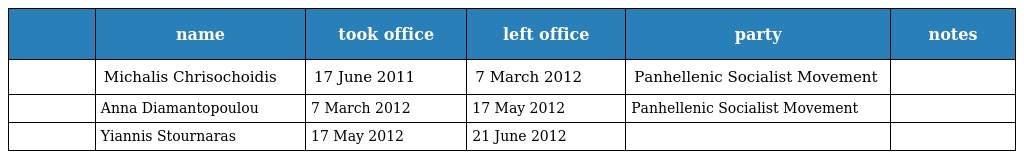
|  | name | took office | left office | party | notes |
 | --- | --- | --- | --- | --- | --- |
 |  | Michalis Chrisochoidis | 17 June 2011 | 7 March 2012 | Panhellenic Socialist Movement |  |
 |  | Anna Diamantopoulou | 7 March 2012 | 17 May 2012 | Panhellenic Socialist Movement |  |
 |  | Yiannis Stournaras | 17 May 2012 | 21 June 2012 |  |  |